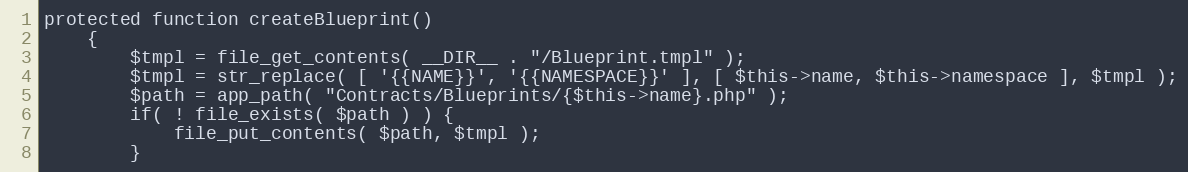
Language: PHP
protected function createBlueprint()
	{
		$tmpl = file_get_contents( __DIR__ . "/Blueprint.tmpl" );
		$tmpl = str_replace( [ '{{NAME}}', '{{NAMESPACE}}' ], [ $this->name, $this->namespace ], $tmpl );
		$path = app_path( "Contracts/Blueprints/{$this->name}.php" );
		if( ! file_exists( $path ) ) {
			file_put_contents( $path, $tmpl );
		}